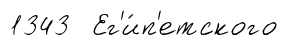
1343 Ег'и́п'етского